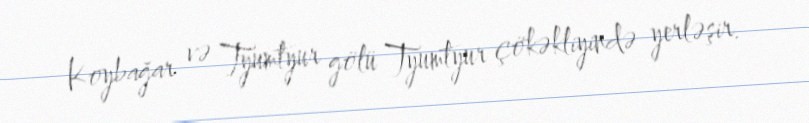
Koybağar və Tyumtyur gölü Tyumtyur çökəkliyində yerləşir.